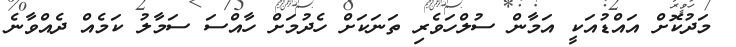
މަދުކޮށް އައްޑުއަކީ އަމާން ސުލްހަވެރި ތަނަކަށް ހެދުމަށް ހާއްސަ ސަމާލު ކަމެއް ދެއްވާނެ